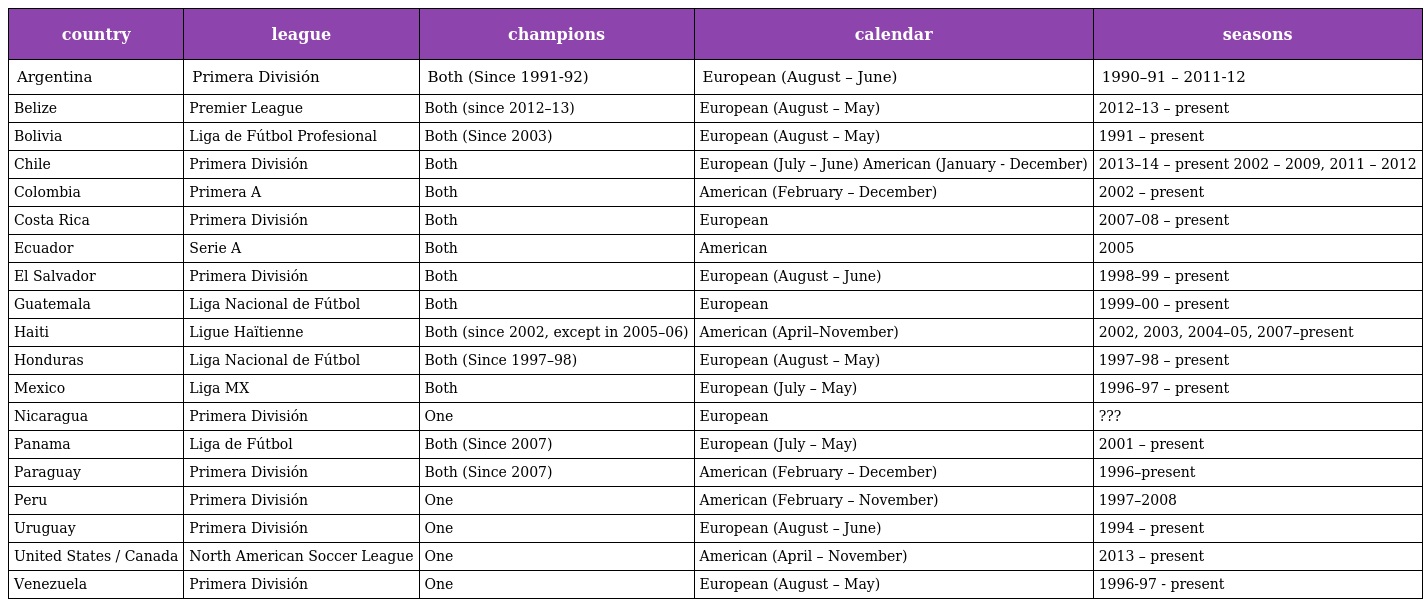
| country | league | champions | calendar | seasons |
 | --- | --- | --- | --- | --- |
 | Argentina | Primera División | Both (Since 1991-92) | European (August – June) | 1990–91 – 2011-12 |
 | Belize | Premier League | Both (since 2012–13) | European (August – May) | 2012–13 – present |
 | Bolivia | Liga de Fútbol Profesional | Both (Since 2003) | European (August – May) | 1991 – present |
 | Chile | Primera División | Both | European (July – June) American (January - December) | 2013–14 – present 2002 – 2009, 2011 – 2012 |
 | Colombia | Primera A | Both | American (February – December) | 2002 – present |
 | Costa Rica | Primera División | Both | European | 2007–08 – present |
 | Ecuador | Serie A | Both | American | 2005 |
 | El Salvador | Primera División | Both | European (August – June) | 1998–99 – present |
 | Guatemala | Liga Nacional de Fútbol | Both | European | 1999–00 – present |
 | Haiti | Ligue Haïtienne | Both (since 2002, except in 2005–06) | American (April–November) | 2002, 2003, 2004–05, 2007–present |
 | Honduras | Liga Nacional de Fútbol | Both (Since 1997–98) | European (August – May) | 1997–98 – present |
 | Mexico | Liga MX | Both | European (July – May) | 1996–97 – present |
 | Nicaragua | Primera División | One | European | ??? |
 | Panama | Liga de Fútbol | Both (Since 2007) | European (July – May) | 2001 – present |
 | Paraguay | Primera División | Both (Since 2007) | American (February – December) | 1996–present |
 | Peru | Primera División | One | American (February – November) | 1997–2008 |
 | Uruguay | Primera División | One | European (August – June) | 1994 – present |
 | United States / Canada | North American Soccer League | One | American (April – November) | 2013 – present |
 | Venezuela | Primera División | One | European (August – May) | 1996-97 - present |